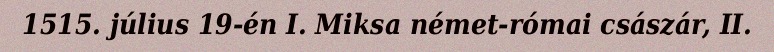
1515. július 19-én I. Miksa német-római császár, II.